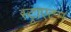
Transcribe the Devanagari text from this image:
स्ट्राएटम